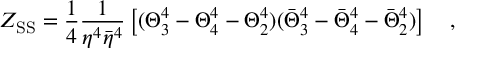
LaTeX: Z _ { \mathrm { S S } } = { \frac { 1 } { 4 } } { \frac { 1 } { \eta ^ { 4 } { \bar { \eta } } ^ { 4 } } } \left[ ( \Theta _ { 3 } ^ { 4 } - \Theta _ { 4 } ^ { 4 } - \Theta _ { 2 } ^ { 4 } ) ( { \bar { \Theta } } _ { 3 } ^ { 4 } - { \bar { \Theta } } _ { 4 } ^ { 4 } - { \bar { \Theta } } _ { 2 } ^ { 4 } ) \right] \quad ,